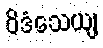
ဝိဒံသေယျ